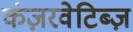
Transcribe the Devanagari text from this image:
कंज़रवेटिब्ज़